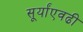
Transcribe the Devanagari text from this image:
सूर्यांएवढी